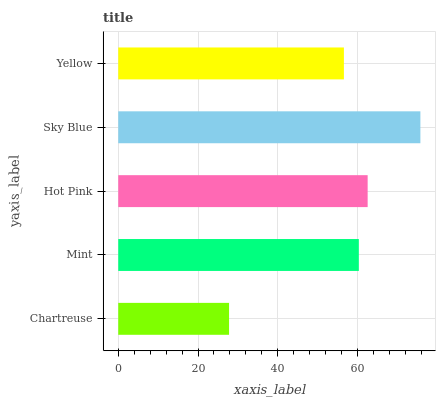
| yaxis_label | bars |
 | --- | --- |
 | Chartreuse | 27.8 |
 | Mint | 60.3 |
 | Hot Pink | 62.5 |
 | Sky Blue | 75.8 |
 | Yellow | 56.6 |